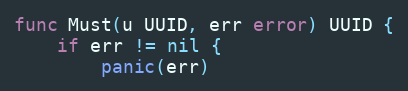
Language: Go
func Must(u UUID, err error) UUID {
	if err != nil {
		panic(err)